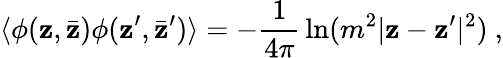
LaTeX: \langle\phi(\mathbf{z},\bar{{\mathbf{z}}})\phi(\mathbf{z}^{\prime},\bar{{\mathbf{z}}}^{\prime})\rangle=-{\frac{{1}}{{4\pi}}}\ln(m^{2}|\mathbf{z}-\mathbf{z}^{\prime}|^{2})~,